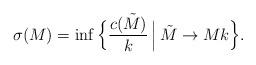
LaTeX: \begin{align*}\sigma(M)=\inf\Big\{\frac{c(\tilde M)}{k} \,\Big|\, \tilde M\rightarrow M k \Big\}.\end{align*}